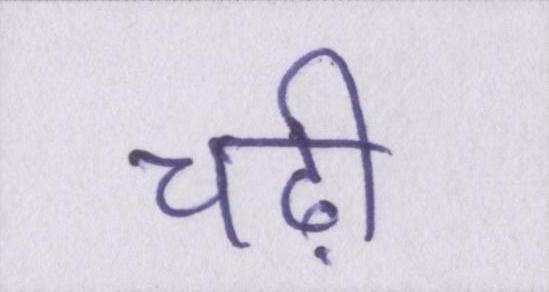
चढ़ी